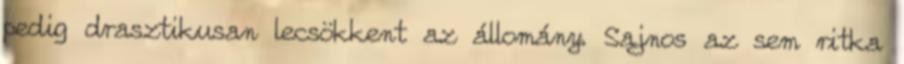
pedig drasztikusan lecsökkent az állomány. Sajnos az sem ritka